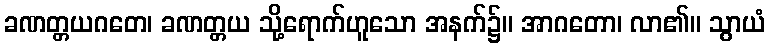
ခဏတ္တယဂတေ၊ ခဏတ္တယ သို့ရောက်ဟူသော အနက်၌။ အာဂတော၊ လာ၏။ သွာယံ